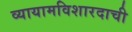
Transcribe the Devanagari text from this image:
व्यायामविशारदाची